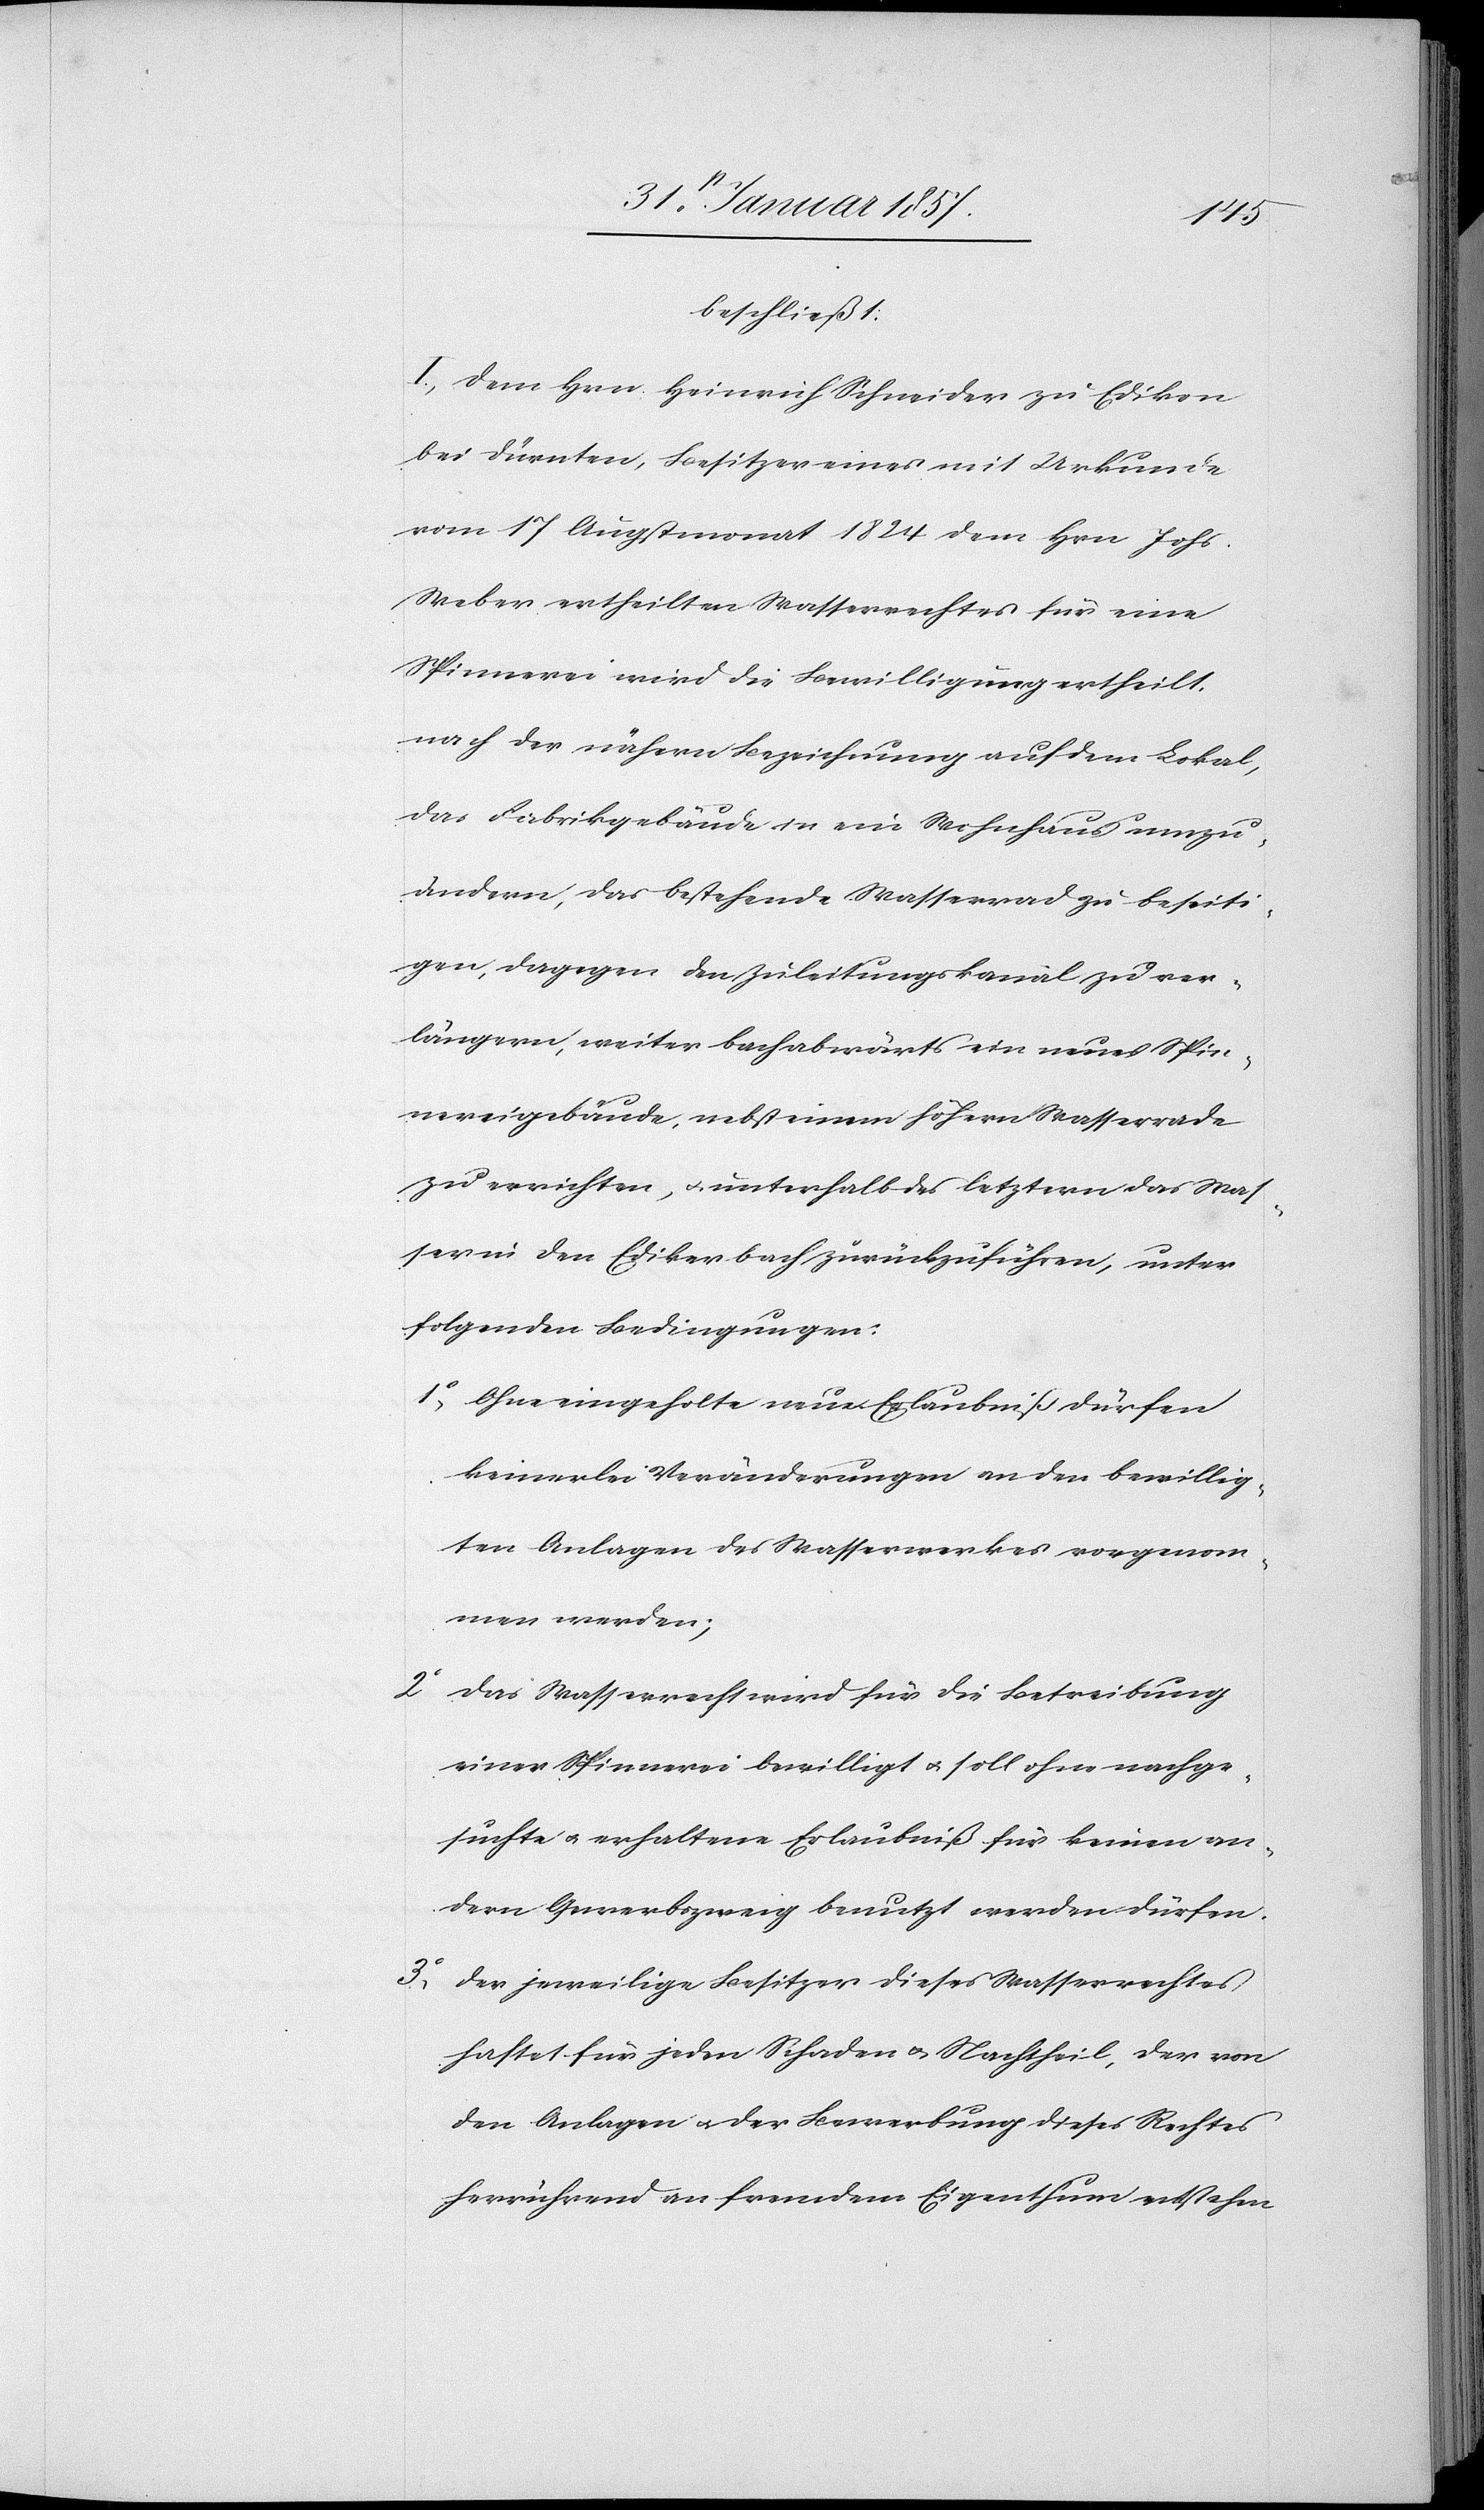
beschließt:
I. Dem Hrn. Heinrich Schneider zu Edikon
bei Dürnten, Besitzer eines mit Urkunde
vom 17 Augstmonat 1824 dem Hrn Johs.
Weber ertheilten Wasserrechtes für eine
Spinnerei wird die Bewilligung ertheilt,
nach der nähern Bezeichnung auf dem Lokal,
das Fabrikgebäude in ein Wohnhaus umzu¬
ändern, das bestehende Wasserrad zu beseiti¬
gen, dagegen den Zuleitungskanal zu ver¬
längern, weiter bachabwärts ein neues Spin¬
nereigebäude, nebst einem höhern Wasserrade
zu errichten, u. unterhalb des letztern das Was¬
ser in den Edikerbach zurückzuführen, unter
folgenden Bedingungen:
1, Ohne eingeholte neue Erlaubniß dürfen
keinerlei Veränderungen an den bewillig¬
ten Anlagen des Wasserwerkes vorgenom¬
men werden;
2 Das Wasserrecht wird für die Betreibung
einer Spinnerei bewilligt & soll ohne nachge¬
suchte u. erhaltene Erlaubniß für keinen an¬
dern Gewerbszweig benutzt werden dürfen.
3, Der jeweilige Besitzer dieses Wasserrechtes
haftet für jeden Schaden & Nachtheil, der von
den Anlagen u. der Bewerbung dieses Rechtes
herrührend an fremdem Eigenthum entstehen